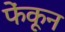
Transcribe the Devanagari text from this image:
फेंकून